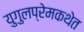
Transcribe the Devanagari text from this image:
युगुलप्रेमकथेत